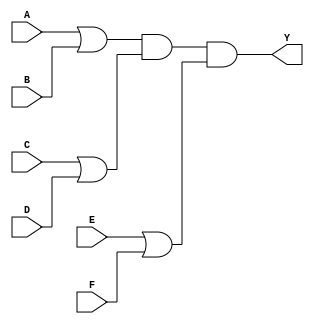
module pos_simplification (
    input wire A,
    input wire B,
    input wire C,
    input wire D,
    input wire E,
    input wire F,
    output wire Y
);

// Define the sum terms based on the POS expression
wire sum_term1; // (A + B)
wire sum_term2; // (C + D)
wire sum_term3; // (E + F)

// Implementing the sum terms using OR gates
assign sum_term1 = A | B; // A + B
assign sum_term2 = C | D; // C + D
assign sum_term3 = E | F; // E + F

// Final output Y is the AND of all sum terms
assign Y = sum_term1 & sum_term2 & sum_term3; // (A + B)(C + D)(E + F)

endmodule